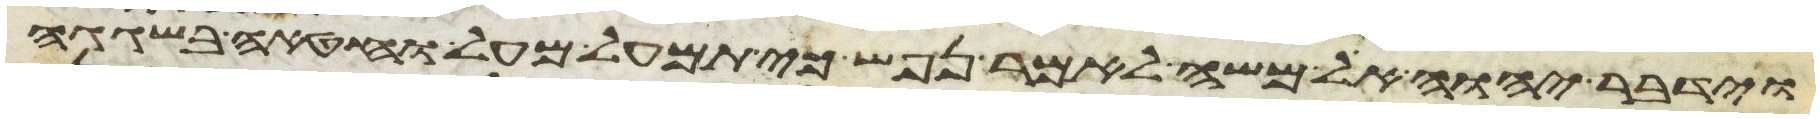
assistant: וידבר יהוה אל משה לאמר נפש כי תמעל מעל וחטאה בשגגה